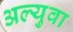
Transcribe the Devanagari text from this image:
अल्युवा